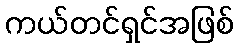
ကယ်တင်ရှင်အဖြစ်